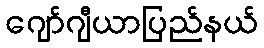
ဂျော်ဂျီယာပြည်နယ်